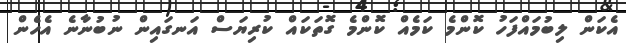
އެކަން ލިބުމައްފަހު ކޮންމެ ކަމެއް ކޮންމެ ގޮތަކައް ކުރިޔަސް އަނގައިން ނުބުނާނެ އެހެން